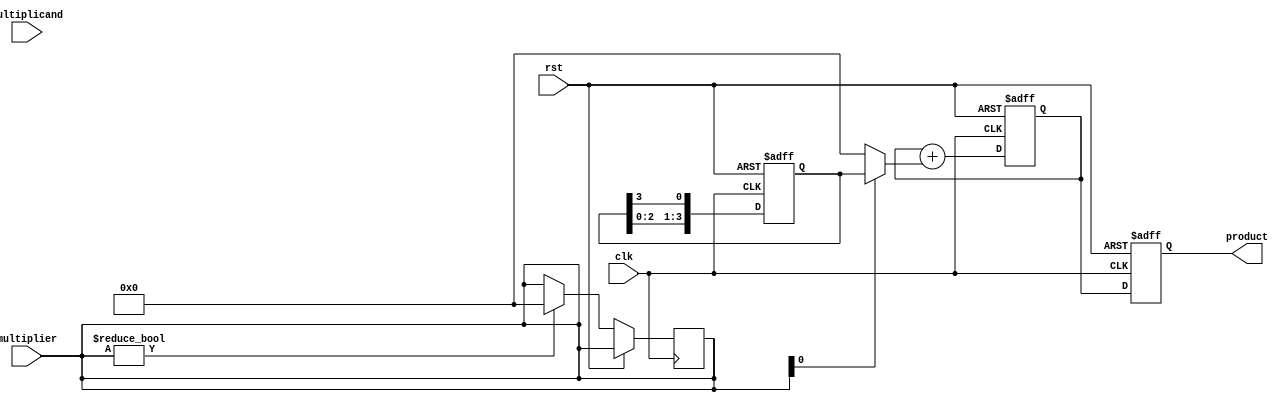
module shift_and_add_multiplier(
    input wire clk,
    input wire rst,
    input wire [3:0] multiplicand,
    input wire [3:0] multiplier,
    output reg [7:0] product
);

reg [3:0] multiplicand_shift_reg;
reg [7:0] partial_product;

always @(posedge clk or posedge rst)
begin
    if(rst)
    begin
        multiplicand_shift_reg <= 0;
        partial_product <= 0;
        product <= 0;
    end
    else
    begin
        multiplicand_shift_reg <= {multiplicand_shift_reg[2:0], multiplicand_shift_reg[3]};
        partial_product <= partial_product + (multiplier[0] ? multiplicand_shift_reg : 0);
        product <= partial_product;
        
        if(multiplier != 4'b0000)
            multiplier <= {multiplier[2:0], 0};
    end
end

endmodule